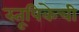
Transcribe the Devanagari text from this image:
स्तूपिकेची